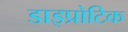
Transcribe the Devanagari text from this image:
डाइप्रोटिक